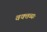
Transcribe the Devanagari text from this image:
वक्तव्यः